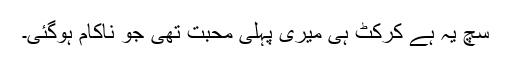
سچ یہ ہے کرکٹ ہی میری پہلی محبت تھی جو ناکام ہوگئی۔